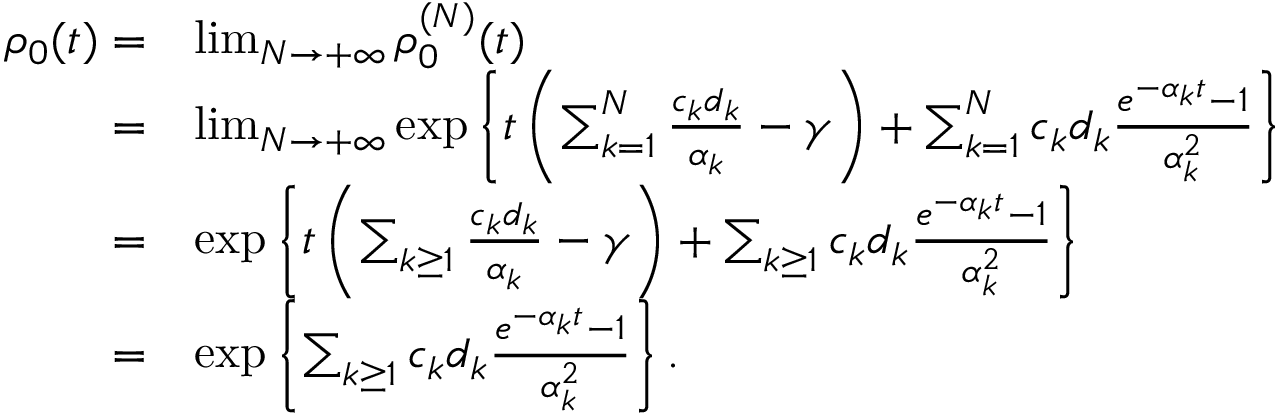
\begin{array} { r l } { \rho _ { 0 } ( t ) = } & { \operatorname* { l i m } _ { N \to + \infty } \rho _ { 0 } ^ { ( N ) } ( t ) } \\ { = } & { \operatorname* { l i m } _ { N \to + \infty } \exp \left\{ t \left( \sum _ { k = 1 } ^ { N } \frac { c _ { k } d _ { k } } { \alpha _ { k } } - \gamma \right) + \sum _ { k = 1 } ^ { N } c _ { k } d _ { k } \frac { e ^ { - \alpha _ { k } t } - 1 } { \alpha _ { k } ^ { 2 } } \right\} } \\ { = } & { \exp \left\{ t \left( \sum _ { k \geq 1 } \frac { c _ { k } d _ { k } } { \alpha _ { k } } - \gamma \right) + \sum _ { k \geq 1 } c _ { k } d _ { k } \frac { e ^ { - \alpha _ { k } t } - 1 } { \alpha _ { k } ^ { 2 } } \right\} } \\ { = } & { \exp \left\{ \sum _ { k \geq 1 } c _ { k } d _ { k } \frac { e ^ { - \alpha _ { k } t } - 1 } { \alpha _ { k } ^ { 2 } } \right\} . } \end{array}